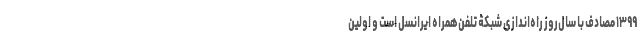
۱۳۹۹ مصادف با سال‌روز راه‌اندازی شبکۀ تلفن‌همراه ایرانسل است و اولین